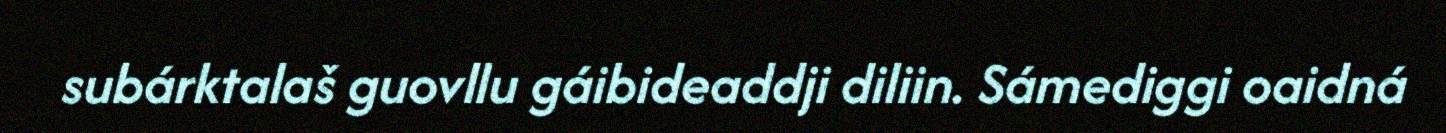
subárktalaš guovllu gáibideaddji diliin. Sámediggi oaidná